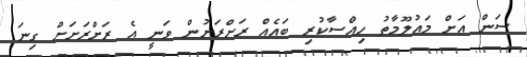
ސަން އަށް މައުލޫމާތު ހިއްސާކުރި ބައެއް ރަށްރަށުން ވަނީ އެ ރަށްރަށަށް ގިނަ